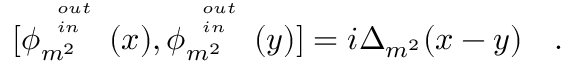
[ \phi _ { m ^ { 2 } } ^ { { \tiny \begin{array} { l } { { o u t } } \\ { { i n } } \end{array} } } ( x ) , \phi _ { m ^ { 2 } } ^ { { \tiny \begin{array} { l } { { o u t } } \\ { { i n } } \end{array} } } ( y ) ] = i \Delta _ { m ^ { 2 } } ( x - y ) ~ ~ ~ .